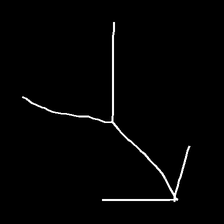
Glyph: gather